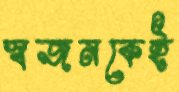
স্বজনকেই